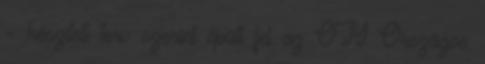
– készített terv szerint épült fel az OTI Országos